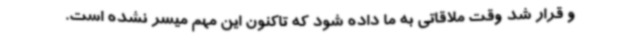
و قرار شد وقت ملاقاتی به ما داده شود که تاکنون این مهم میسر نشده است.